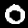
Label: 0